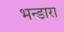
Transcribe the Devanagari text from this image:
भन्डारा